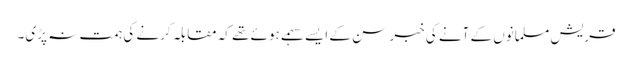
قریش مسلمانوں کے آنے کی خبر سن کے ایسے سہمے ہوئے تھے کہ مقابلہ کرنے کی ہمت نہ پڑی۔